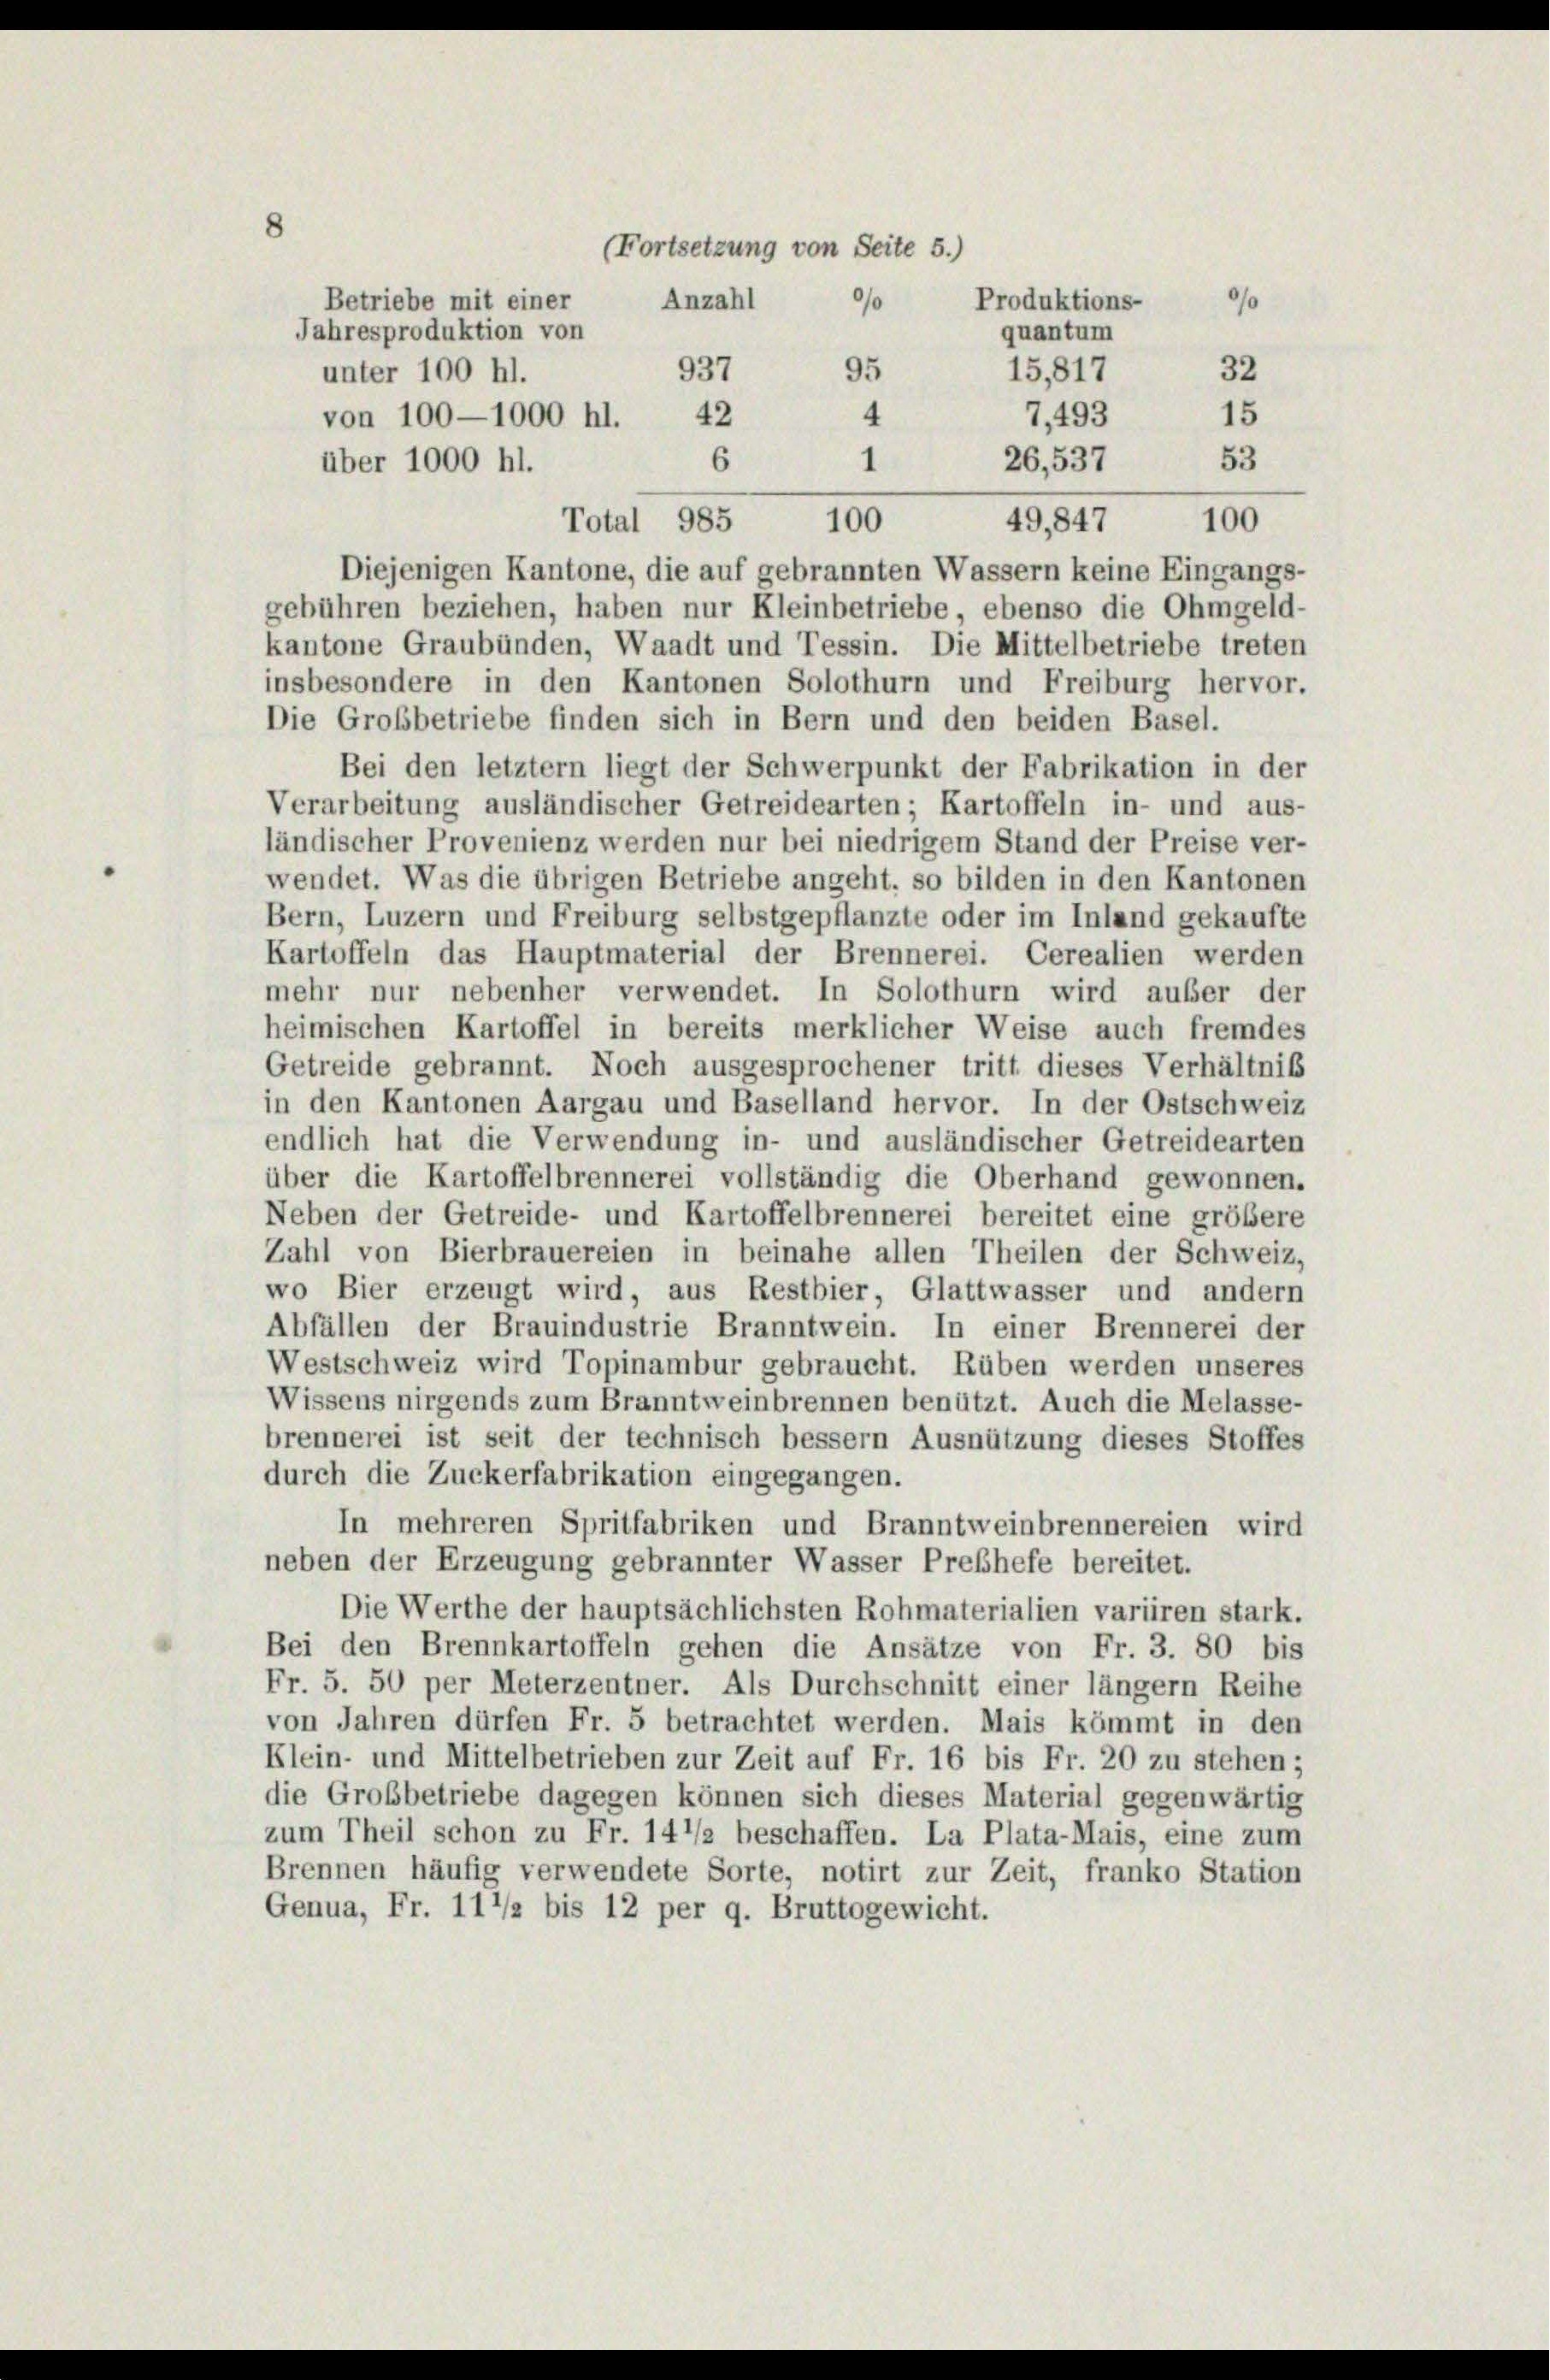
8
(Fortsetzung von Seite 5.)
Betriebe mit einer
Produktions-
Anzahl
0/0
90
Jahresproduktion von
quantum
32
937
15,817
95
unter 100 hl.
4
15
von 100—1000 hl.
42
7,493

53
26,537
über 1000 hl.
100
49,847
Total 985
Diejenigen Kantone, die auf gebrannten Wassern keine Eingangs-
gebühren beziehen, haben nur Kleinbetriebe, ebenso die Ohmgeld-
kantone Graubünden, Waadt und Tessin. Die Mittelbetriebe treten
insbesondere in den Kantonen Solothurn und Freiburg hervor.
Die Grobbetriebe finden sich in Bern und den beiden Basel.
Bei den letztem liegt der Schwerpunkt der Fabrikation in der
Verarbeitung ausländischer Getreidearten; Kartoffeln in- und aus-
ländischer Provenienz werden nur bei niedrigem Stand der Preise ver-
wendet. Was die übrigen Betriebe angeht, so bilden in den Kantonen
Bern, Luzern und Freiburg selbstgepflanzte oder im Inland gekaufte
Kartoffeln das Hauptmaterial der Brennerei. Cerealien werden
mehr nur nebenher verwendet. In Solothurn wird außer der
heimischen Kartoffel in bereits merklicher Weise auch fremdes
Getreide gebrannt. Noch ausgesprochener tritt dieses Verhältnis
in den Kantonen Aargau und Baselland hervor. In der Ostschweiz
endlich hat die Verwendung in- und ausländischer Getreidearten
über die Kartoffelbrennerei vollständig die Oberhand gewonnen.
Neben der Getreide- und Kartoffelbrennerei bereitet eine größere
Zahl von Bierbrauereien in beinahe allen Theilen der Schweiz,
wo Bier erzeugt wird, aus Restbier, Glattwasser und andern
Abfällen der Brauindustrie Branntwein. In einer Brennerei der
Westschweiz wird Topinambur gebraucht. Rüben werden unseres
Wissens nirgends zum Branntweinbrennen benützt. Auch die Melasse-
brennerei ist seit der technisch bessern Ausnützung dieses Stoffes
durch die Zuckerfabrikation eingegangen.
In mehreren Spritfabriken und Branntweinbrennereien wird
neben der Erzeugung gebrannter Wasser Preßhefe bereitet.
Die Werthe der hauptsächlichsten Rohmaterialien variiren stark.
Bei den Brennkartoffeln gehen die Ansätze von Fr. 3. 80 bis
Fr. 5. 50 per Meterzentner. Als Durchschnitt einer länger Reihe
von Jahren dürfen Fr. 5 betrachtet werden. Mais kömmt in den
Klein- und Mittelbetrieben zur Zeit auf Fr. 16 bis Fr. 20 zu stehen;
die Großbetriebe dagegen können sich dieses Material gegenwärtig
zum Theil schon zu Fr. 141/2 beschaffen. La Plata-Mais, eine zum
Brennen häufig verwendete Sorte, notirt zur Zeit, franko Station
Genua, Fr. 111/2 bis 12 per 9. Bruttogewicht.

1
6
100